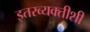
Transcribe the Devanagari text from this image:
इतरव्यक्तीशी